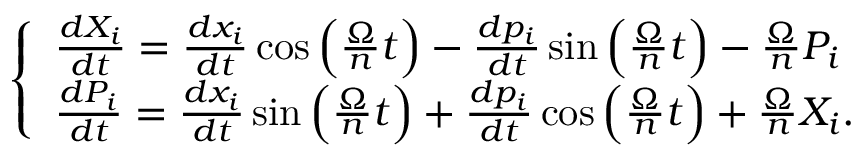
\begin{array} { r } { \left\{ \begin{array} { l } { \frac { d X _ { i } } { d t } = \frac { d x _ { i } } { d t } \cos \Big ( \frac { \Omega } { n } t \Big ) - \frac { d p _ { i } } { d t } \sin \Big ( \frac { \Omega } { n } t \Big ) - \frac { \Omega } { n } P _ { i } } \\ { \frac { d P _ { i } } { d t } = \frac { d x _ { i } } { d t } \sin \Big ( \frac { \Omega } { n } t \Big ) + \frac { d p _ { i } } { d t } \cos \Big ( \frac { \Omega } { n } t \Big ) + \frac { \Omega } { n } X _ { i } . } \end{array} \right. } \end{array}